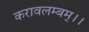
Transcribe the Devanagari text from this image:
करावलम्बम्।।